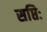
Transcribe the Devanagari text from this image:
सप्तिः